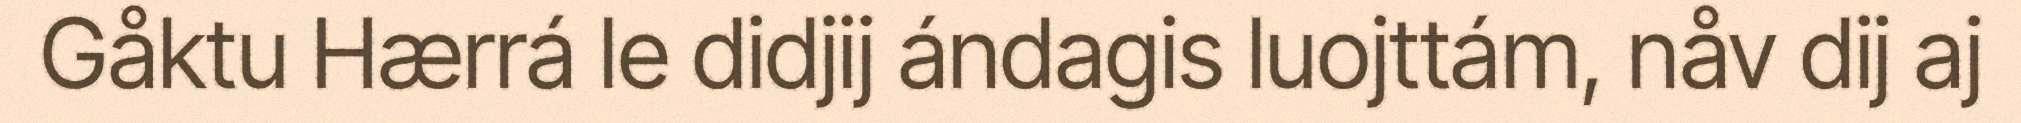
Gåktu Hærrá le didjij ándagis luojttám, nåv dij aj